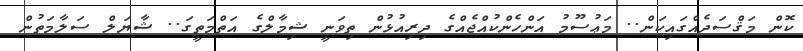
ކޮން މަޤްސަދެއްގައިކަން.. މަޢުސޫމު އަންހެންކުއްޖެއްގެ ދިރިއުޅުން ތިވަނީ ޝިމާލްގެ އަތްމަތީގަ.. ޝާޔަލް ސަލާމަތުން